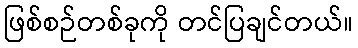
ဖြစ်စဉ်တစ်ခုကို တင်ပြချင်တယ်။